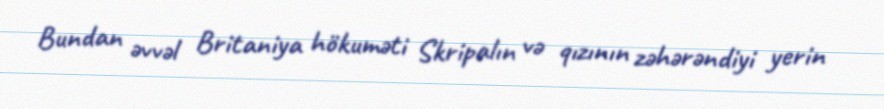
Bundan əvvəl Britaniya hökuməti Skripalın və qızının zəhərəndiyi yerin